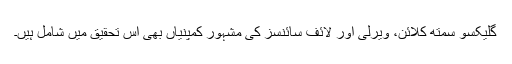
گلیکسو سمتھ کلائن، ویرلی اور لائف سائنسز کی مشہور کمپنیاں بھی اس تحقیق میں شامل ہیں۔